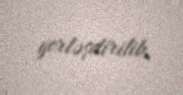
yerləşdirilib.